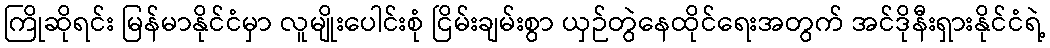
ကြိုဆိုရင်း မြန်မာနိုင်ငံမှာ လူမျိုးပေါင်းစုံ ငြိမ်းချမ်းစွာ ယှဉ်တွဲနေထိုင်ရေးအတွက် အင်ဒိုနီးရှားနိုင်ငံရဲ့